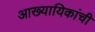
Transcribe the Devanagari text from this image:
आख्यायिकांची